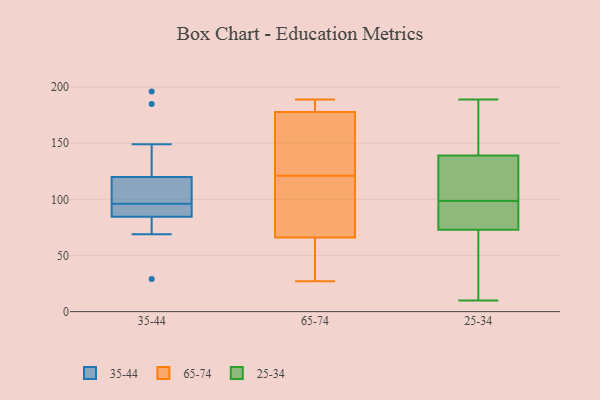
{"axis": {"x": "Population (Million)", "y": "Value"}, "legend": ["25-34", "35-44", "65-74"], "data": [{"x": "", "y": 74, "type": "35-44"}, {"x": "", "y": 90, "type": "35-44"}, {"x": "", "y": 29, "type": "35-44"}, {"x": "", "y": 115, "type": "35-44"}, {"x": "", "y": 101, "type": "35-44"}, {"x": "", "y": 69, "type": "35-44"}, {"x": "", "y": 85, "type": "35-44"}, {"x": "", "y": 149, "type": "35-44"}, {"x": "", "y": 94, "type": "35-44"}, {"x": "", "y": 105, "type": "35-44"}, {"x": "", "y": 139, "type": "35-44"}, {"x": "", "y": 196, "type": "35-44"}, {"x": "", "y": 72, "type": "35-44"}, {"x": "", "y": 98, "type": "35-44"}, {"x": "", "y": 185, "type": "35-44"}, {"x": "", "y": 91, "type": "35-44"}, {"x": "", "y": 84, "type": "35-44"}, {"x": "", "y": 89, "type": "35-44"}, {"x": "", "y": 125, "type": "35-44"}, {"x": "", "y": 106, "type": "35-44"}, {"x": "", "y": 183, "type": "65-74"}, {"x": "", "y": 189, "type": "65-74"}, {"x": "", "y": 121, "type": "65-74"}, {"x": "", "y": 176, "type": "65-74"}, {"x": "", "y": 118, "type": "65-74"}, {"x": "", "y": 165, "type": "65-74"}, {"x": "", "y": 50, "type": "65-74"}, {"x": "", "y": 63, "type": "65-74"}, {"x": "", "y": 112, "type": "65-74"}, {"x": "", "y": 67, "type": "65-74"}, {"x": "", "y": 131, "type": "65-74"}, {"x": "", "y": 186, "type": "65-74"}, {"x": "", "y": 27, "type": "65-74"}, {"x": "", "y": 155, "type": "25-34"}, {"x": "", "y": 98, "type": "25-34"}, {"x": "", "y": 28, "type": "25-34"}, {"x": "", "y": 150, "type": "25-34"}, {"x": "", "y": 99, "type": "25-34"}, {"x": "", "y": 139, "type": "25-34"}, {"x": "", "y": 10, "type": "25-34"}, {"x": "", "y": 161, "type": "25-34"}, {"x": "", "y": 38, "type": "25-34"}, {"x": "", "y": 138, "type": "25-34"}, {"x": "", "y": 76, "type": "25-34"}, {"x": "", "y": 88, "type": "25-34"}, {"x": "", "y": 129, "type": "25-34"}, {"x": "", "y": 11, "type": "25-34"}, {"x": "", "y": 131, "type": "25-34"}, {"x": "", "y": 189, "type": "25-34"}, {"x": "", "y": 81, "type": "25-34"}, {"x": "", "y": 73, "type": "25-34"}]}